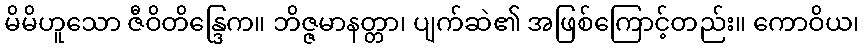
မိမိဟူသော ဇီဝိတိန္ဒြေက။ ဘိဇ္ဇမာနတ္တာ၊ ပျက်ဆဲ၏ အဖြစ်ကြောင့်တည်း။ ကောဝိယ၊